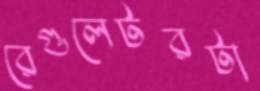
রেগুলেটরটা